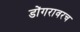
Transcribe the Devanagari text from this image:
डोंगरावरच